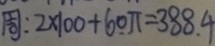
周 : 2 \times 1 0 0 + 6 0 \pi = 3 8 8 . 4